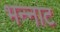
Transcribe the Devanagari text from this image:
भन्‍नाट